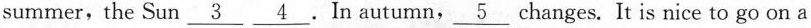
summer,the Sun \underline{3} \underline{4}. In autumn, \underline{5} changes. It is nice to go on a